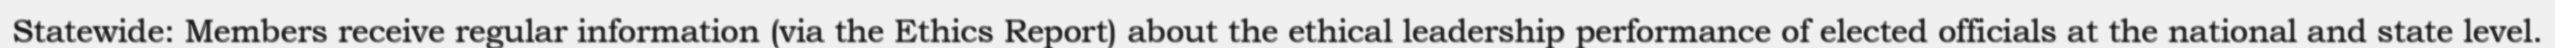
Statewide: Members receive regular information (via the Ethics Report) about the ethical leadership performance of elected officials at the national and state level.